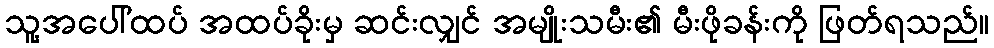
သူ့အပေါ်ထပ် အထပ်ခိုးမှ ဆင်းလျှင် အမျိုးသမီး၏ မီးဖိုခန်းကို ဖြတ်ရသည်။